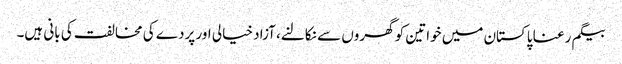
بیگم رعنا پاکستان میں خواتین کو گھروں سے نکالنے، آزاد خیالی اور پردے کی مخالفت کی بانی ہیں۔